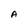
Character: A